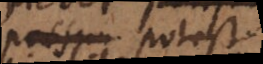
poni potest